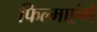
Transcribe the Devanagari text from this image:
फिल्माएंगे